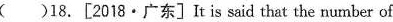
( )18. [201 8· 广东] It is said that the number of